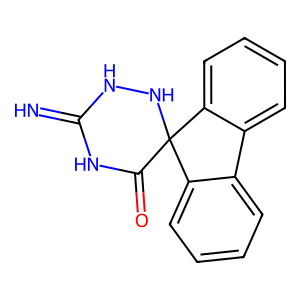
SMILES: N=C1NNC2(C(=O)N1)c1ccccc1-c1ccccc12
Inhibits HIV replication: No